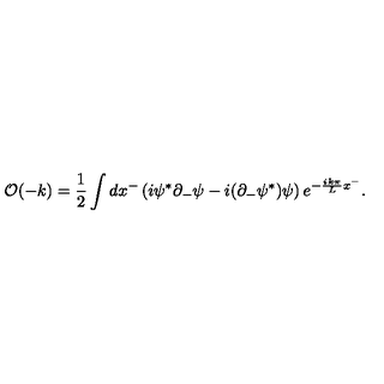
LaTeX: { \cal O } ( - k ) = { \frac { 1 } { 2 } } \int d x ^ { - } \left( i \psi ^ { * } \partial _ { - } \psi - i ( \partial _ { - } \psi ^ { * } ) \psi \right) e ^ { - { \frac { i k \pi } { L } } x ^ { - } } .